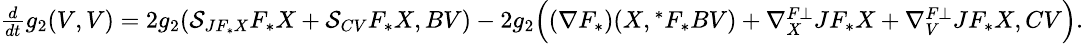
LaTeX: \small\begin{array}{ll}{\frac{d}{dt}g_{2}(V,V)=2g_{2}(\mathcal{S}_{JF_{\ast}X}F_{\ast}X+\mathcal{S}_{CV}F_{\ast}X,BV)-2g_{2}\Big((\nabla F_{\ast})(X,{^\ast}F_{\ast}BV)+\nabla_{X}^{F\bot}JF_{\ast}X+\nabla_{V}^{F\bot}JF_{\ast}X,CV\Big).}\end{array}